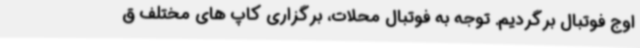
اوج فوتبال برگردیم. توجه به فوتبال محلات، برگزاری کاپ های مختلف ق